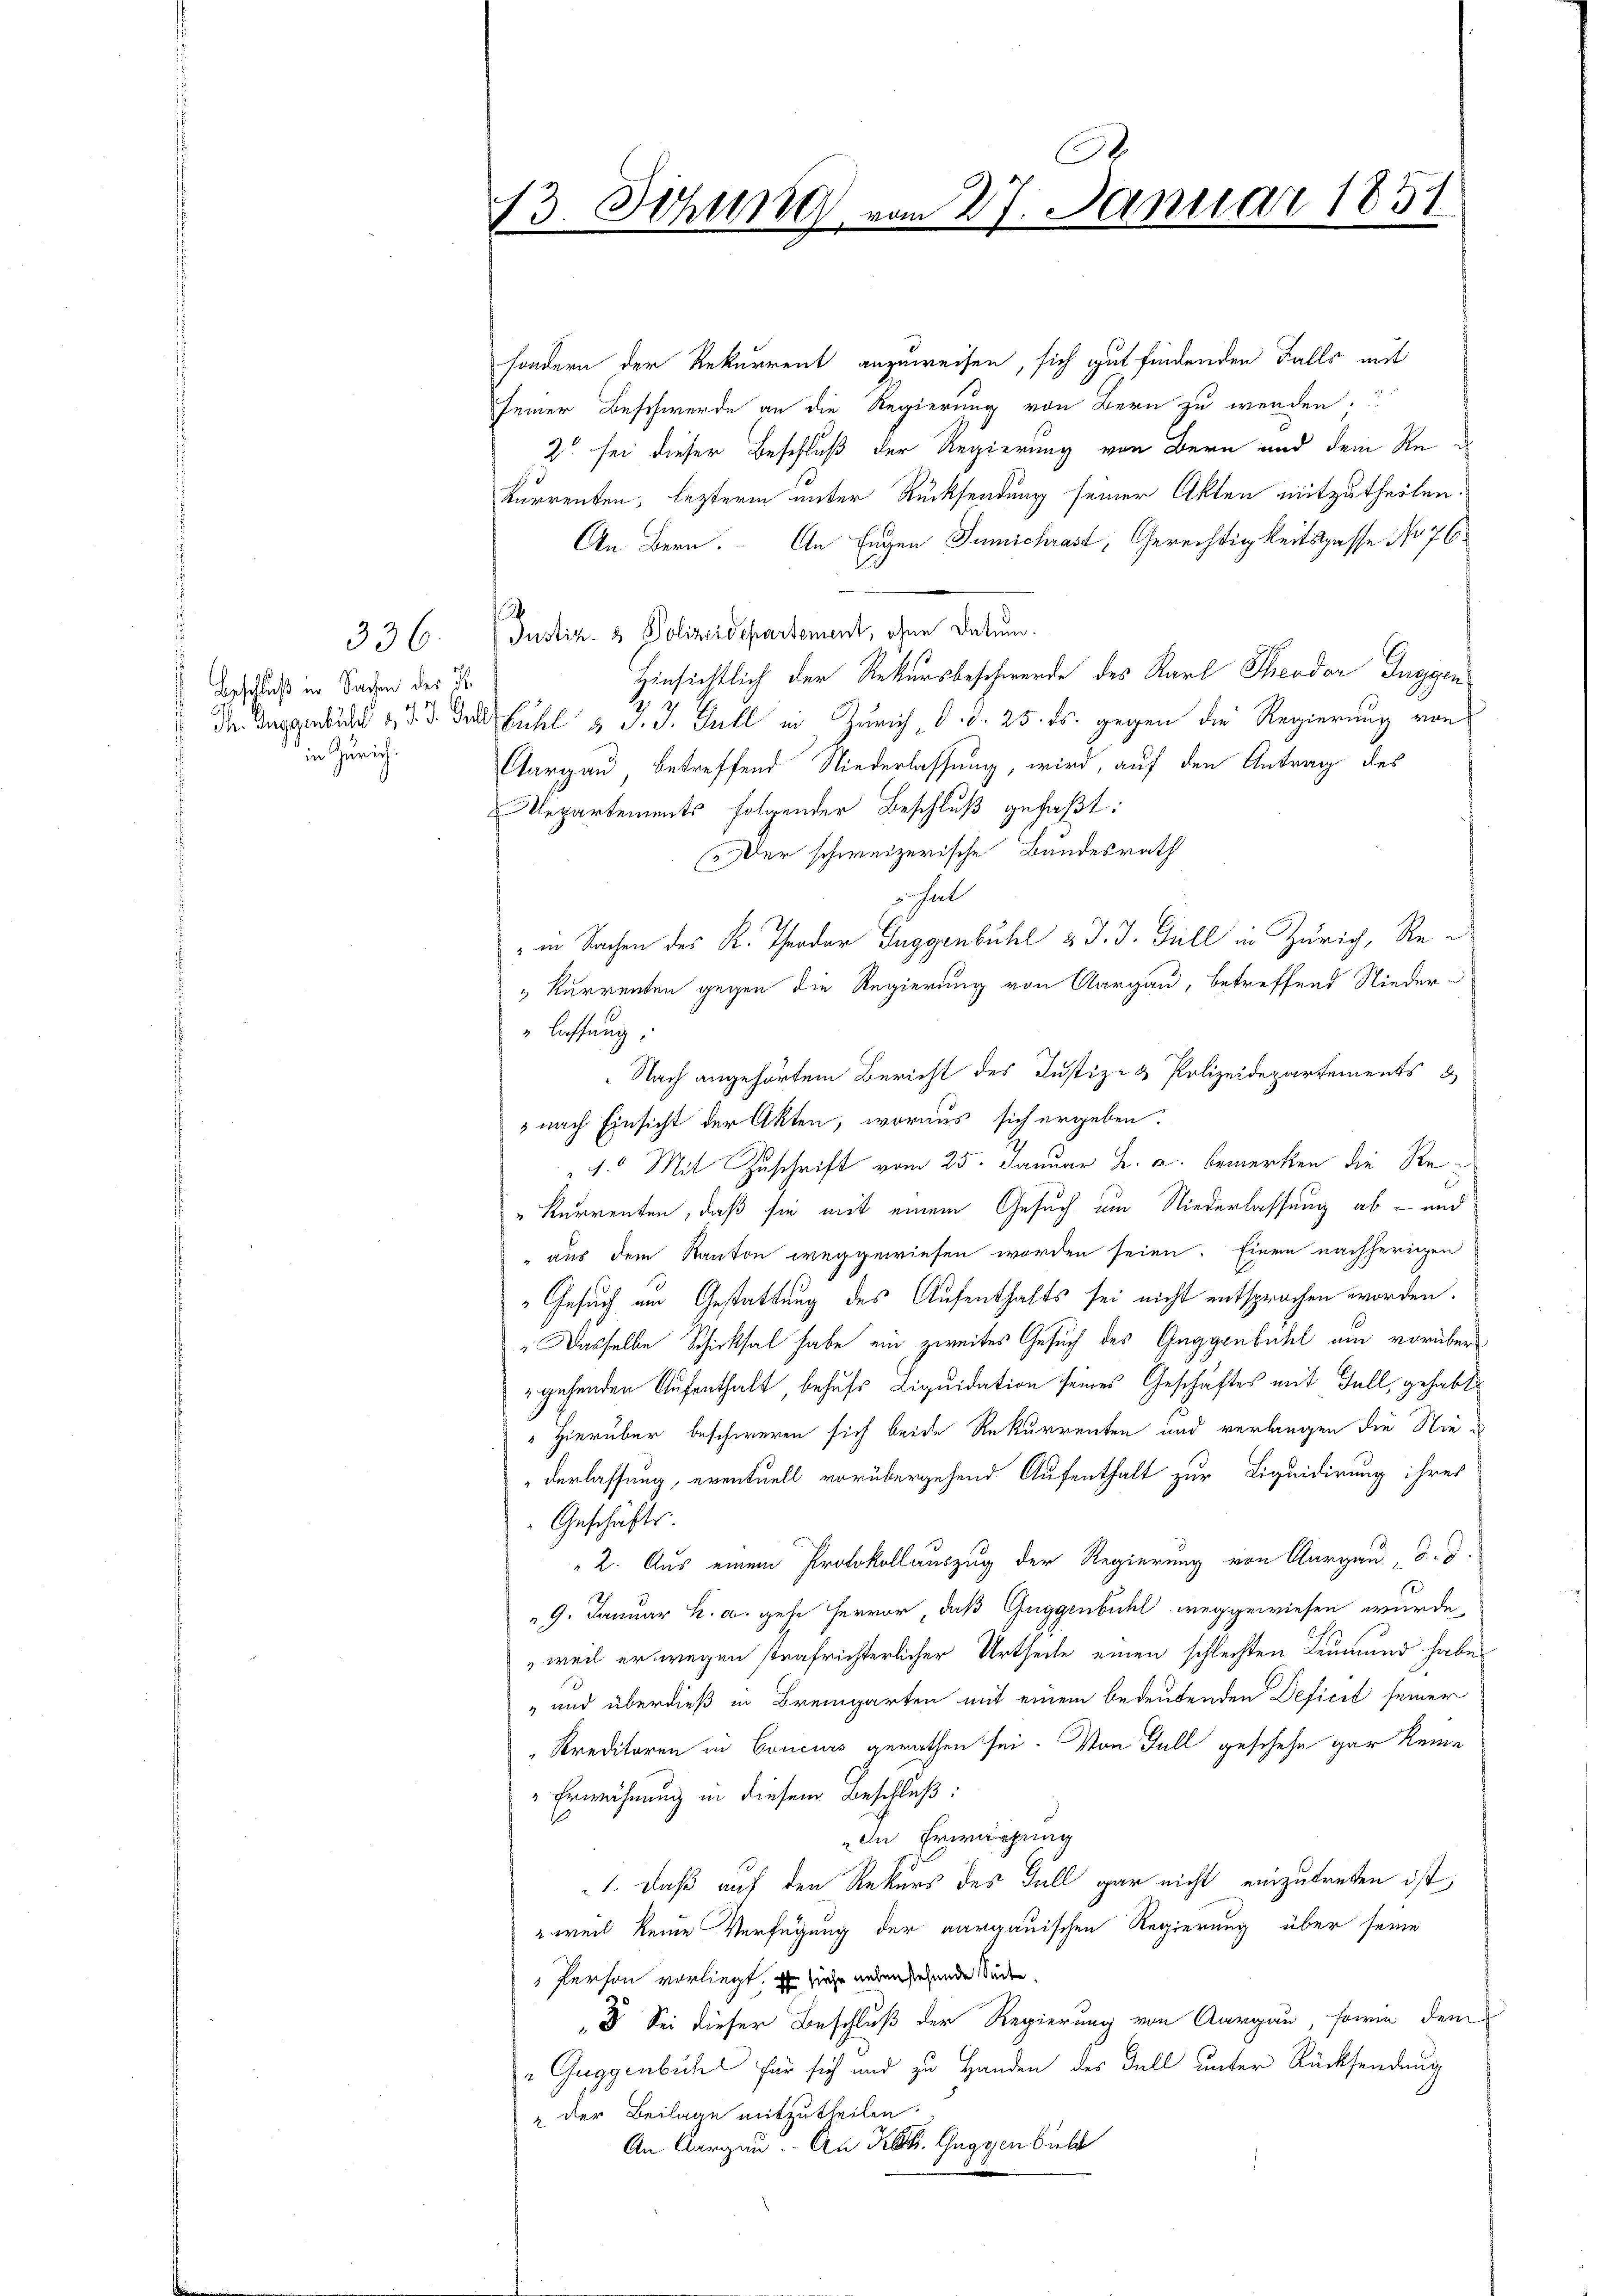
336.

Beschluß in Sachen der K.
in Zürich.

.
13. Sitzung vom 27. Januar 1851.

sondern der Rekurrent anzuweisen, sich gut findenden Falls mit
seiner Beschwerde an die Regierung von Bern zu werden;
2 sei dieser Beschluß der Regierung von Bern und dem Rekurrenten, lezterm unter Rücksendung seiner Akten mitzutheilen.
An Bern. An Engen Gumichrast, Gerechtigkeitspasse No 76
Justiz- & Polizeidepartement, ohne Datum.
Hinsichtlich der Rekursbeschwerde des Karl Theodor Guggen
Dr. Taggeld 153. Das fühl & J. J. Gull in Zürich, d. d. 25. ds. gegen die Regierung von
Aargau, betreffend Niederlassung, wird, auf den Antrag des
Mepartements folgender Beschluß gefaßt:
Der schweizerische Bundesrath
hal
" in Sachen des K. Theodor Guggenbühl & J. J. Gull in Zürich, Re¬
" Kurrenten gegen die Regierung von Aargau, betreffend Nieder¬
" lassung:
 Nach angehörtem Bericht des Justiz- & Polizeidepartements
3 nach Einsicht der Akten, woraus sich ergeben:
"1. Mit Zuschrift vom 25. Januar u. a. bemerken die Re¬
"Kurrenten, daß sie mit einem Gesuch um Niederlassung ab- und
" aus dem Kanton weggewiesen worden seien. Einen nachherigen
Gesuch am Gestattung des Aufenthalts sei nicht entsprochen worden.
" Dasselbe Schicksal habe ein zweites Gesuch des Guggenbühl am vorübergehenden Aufenthalt, behufs Liquidation seines Geschäftes mit Fall, gehabt
"Hierüber beschweren sich beide Rekurrenten und verlangen die Niederlassung, eventuell vorübergehend Aufenthalt zur Liquidirung ihres
Geschäfts-
" 2. Aus einem Protokollauszug der Regierung von Aargau d. d.
9. Januar h. a. gehe hervor, daß Guggenbühl weggewiesen wurde,
,weil er wegen strafrichterlicher Urtheile einen schlechten Leumund habe
" und überdieß in Bremgarten mit einem bedeutenden Deficit seiner
Kreditoren in Concurs gerathen sei. Von Fall geschehe gar keine
" Erwähnung in diesem Beschluß:
In Erwächung
1. daß auf den Rekurs des Gull gar nicht einzutreten ist,
" weil keine Verfügung der aargauischen Regierung über seine
 Person vorliegt. Es ziehe ansenstehende Süden.
3 Sei dieser Beschluß der Regierung von Aargau, sowie dem
"Guggenbuch für sich und zu Handen des Fall unter Rücksendung
" der Beilage mitzutheilen.
An Aargau. An Kt. Guggenbild